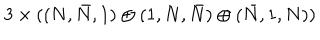
LaTeX: 3 \times ( ( N , \bar { N } , 1 ) \oplus ( 1 , N , \bar { N } ) \oplus ( \bar { N } , 1 , N ) )